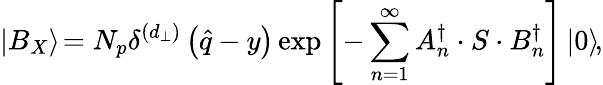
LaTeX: \left|B_{X}\right\rangle\! =N_{p}\delta^{\left(d_{\bot}\right)}\left(\widehat{q}-y\right)\exp\left[-\sum_{n=1}^{\infty}A_{n}^{\dagger}\cdot S\cdot B_{n}^{\dagger}\right]\left|0\right\rangle\! ,